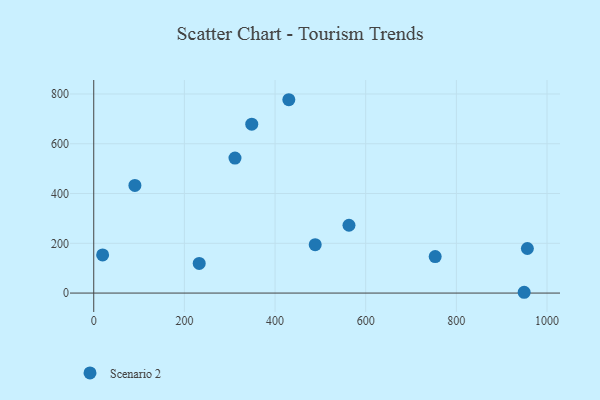
{"axis": {"x": "Experience", "y": "Fuel Efficiency"}, "legend": ["Scenario 2"], "data": [{"x": "488.6", "y": 194.4, "type": "Scenario 2"}, {"x": "753.3", "y": 146.8, "type": "Scenario 2"}, {"x": "956.7", "y": 179.0, "type": "Scenario 2"}, {"x": "949.6", "y": 3.2, "type": "Scenario 2"}, {"x": "430.4", "y": 776.9, "type": "Scenario 2"}, {"x": "348.6", "y": 678.8, "type": "Scenario 2"}, {"x": "311.6", "y": 542.5, "type": "Scenario 2"}, {"x": "90.8", "y": 432.7, "type": "Scenario 2"}, {"x": "563.1", "y": 272.6, "type": "Scenario 2"}, {"x": "19.6", "y": 153.1, "type": "Scenario 2"}, {"x": "232.7", "y": 119.2, "type": "Scenario 2"}]}